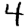
Digit: 4